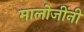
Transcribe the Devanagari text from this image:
मालोजींनी